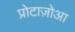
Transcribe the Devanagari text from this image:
प्रोटाज़ोआ